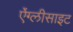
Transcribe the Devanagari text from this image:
ऐंग्लीसाइट